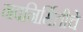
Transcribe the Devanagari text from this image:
नवनिर्मितीचे